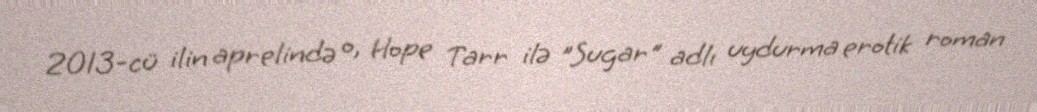
2013-cü ilin aprelində o, Hope Tarr ilə "Sugar" adlı uydurma erotik roman